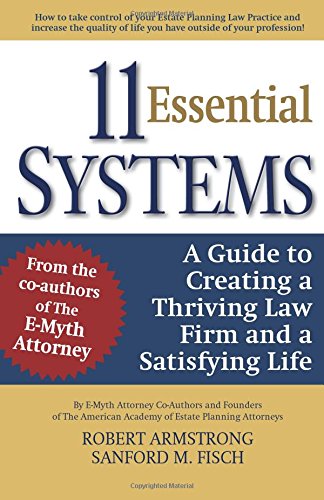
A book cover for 11 Essential Systems: A Guide to Creating a Thriving Law Firm and a Satisfying Life; Robert Armstrong; Law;